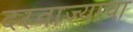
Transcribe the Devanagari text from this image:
दरवाज्याचा